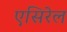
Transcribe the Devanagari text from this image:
एसिरेल